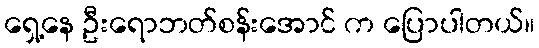
ရှေ့နေ ဦးရောဘတ်စန်းအောင် က ပြောပါတယ်။